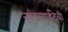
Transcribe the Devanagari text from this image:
नांदलाईदेवी